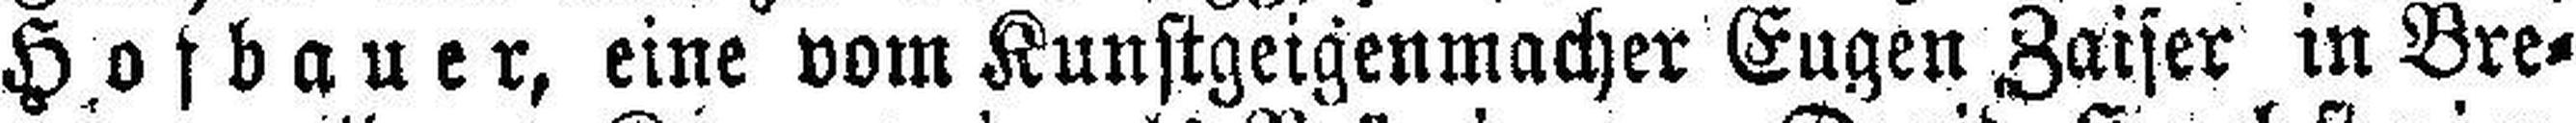
Hofbauer, eine vom Kunstgeigenmacher Eugen Zaiser in Bre¬